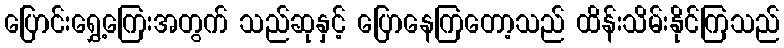
ပြောင်းရွှေ့ကြေးအတွက် သည်ဆုနှင့် ပြောနေကြတော့သည် ထိန်းသိမ်းနိုင်ကြသည်